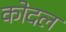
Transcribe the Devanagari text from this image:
कोदल